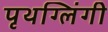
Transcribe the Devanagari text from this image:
पृथग्लिंगी